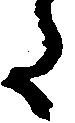
た